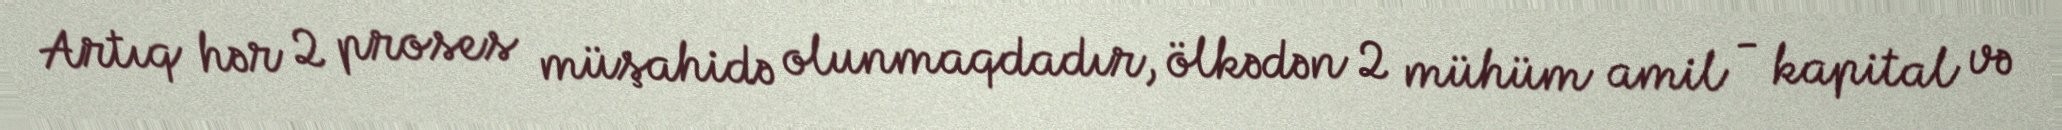
Artıq hər 2 proses müşahidə olunmaqdadır, ölkədən 2 mühüm amil - kapital və